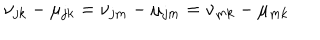
\nu _ { j k } - \mu _ { j k } = \nu _ { j m } - \mu _ { j m } = \nu _ { m k } - \mu _ { m k }